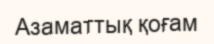
Азаматтық қоғам